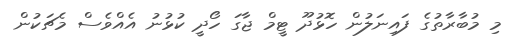
މި މުބާރާތުގެ ފައިނަލުން ހޮޅުދޫ ޓީމް ޖާގަ ހޯދީ ކުޅުނު އެއްވެސް މެޗަކުން